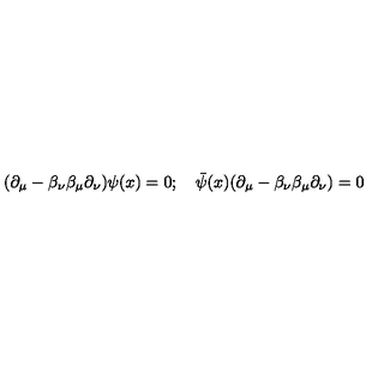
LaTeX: ( \partial _ { \mu } - \beta _ { \nu } \beta _ { \mu } \partial _ { \nu } ) \psi ( x ) = 0 ; \quad { \bar { \psi } } ( x ) ( \partial _ { \mu } - \beta _ { \nu } \beta _ { \mu } \partial _ { \nu } ) = 0